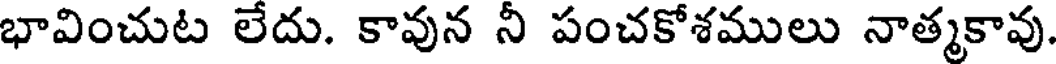
భావించుట లేదు. కావున నీ పంచకోశములు నాత్మకావు.